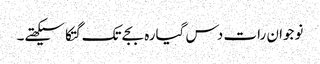
نوجوان رات دس گیارہ بجے تک گتکا سیکھتے۔